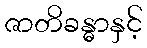
ဇာတိခန္ဓာနှင့်